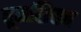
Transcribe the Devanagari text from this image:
धूमशिखा